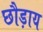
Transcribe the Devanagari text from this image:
छौड़ाय